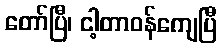
တော်ပြီ၊ ငါ့တာဝန်ကျေပြီ